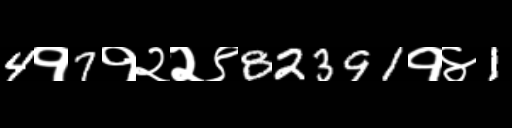
Text: 4१7१२२९82391१४1